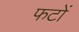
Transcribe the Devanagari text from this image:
फटों